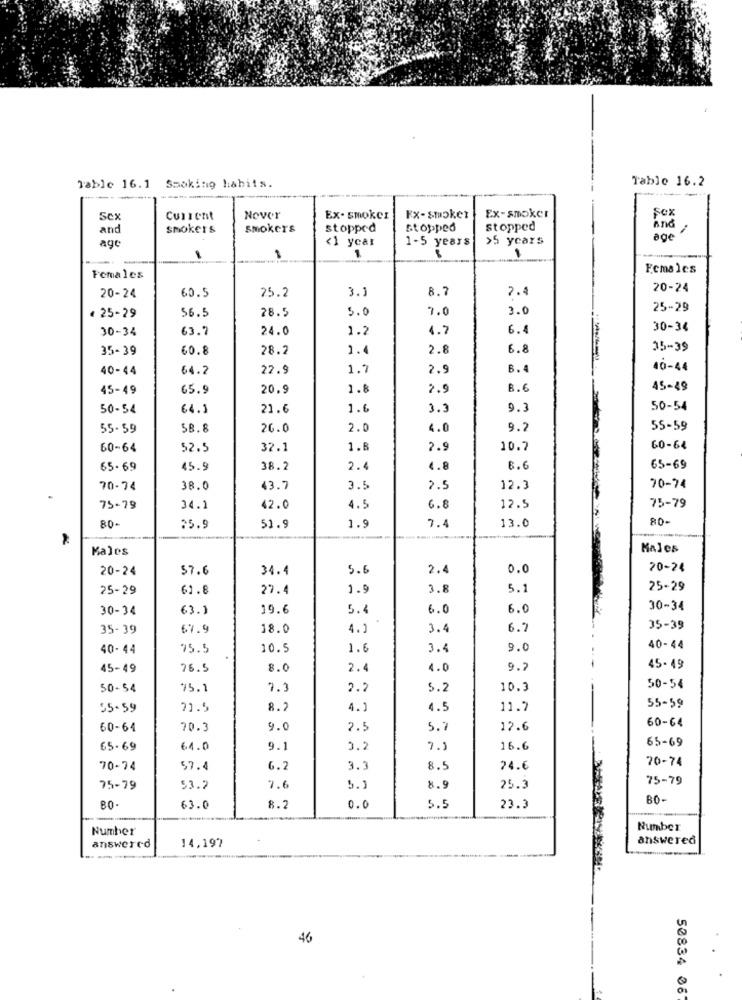
Tablo 16.2
Table 16.1
Smoking habits.
Ex-smoker
Sex
Sex
Current
Nover
Ex- smoker
EX- smoke?
and
smokers
smokers
stopped
stopped
stopped
And
agc
<1 year
1-5 years
>5 years
age
1
Females
Females
20-24
60.5
25.2
3.1
8.7
7.4
20-24
56.5
28.5
5.0
7.0
3.0
25-29
€ 25-29
30-34
63.7
24.0
1.2
4.7
6.4
30-34
35-39
60.8
28.2
1.4
2.8
6.8
35-39
40-44
64.2
22.9
1.7
2.9
6.
40-44
45-49
65.9
20.9
1.8
2.9
B.6
45-49
50-54
64.1
21.6
1.6
3.3
9.1
50-54
55-59
58.8
26.0
2.0
4.0
9.2
55-59
60-64
52.5
32.1
1.6
2.9
10.7
60-64
65- 69
45.9
38.2
2.4
4.8
6.6
65-69
70-74
38.0
43.7
3.5
2.5
12.3
70-74
75-79
34.1
42.0
4.5
6.8
12.5
75-79
1.9
7.4
13.0
80-
80.
25.9
51.9
Males
Males
20-24
$7.6
34.4
5.6
2.4
0.0
20-24
25-29
61.8
27.4
1.9
3.8
5.1
25-29
30-34
63.1
19.6
5.4
6.0
6.0
30-34
35- 39
67.9
18.0
4.1
3.4
6.7
35-39
40-44
75.5
10.5
1.6
3.4
9.0
40-44
45-49
76.5
8.0
2.4
4.0
9.
---
45-49
50-54
95.1
7.
2.2
5.2
10.3
50-54
55.59
71.5
8.2
4.1
4.5
11.7
55-59
60-64
60-64
70.3
9.0
2.5
5.7
12.6
65-69
65-69
64.0
9.1
0.2
7.1
16.6
70-74
70-74
57.4
6.2
3.3
8.5
24.6
75-79
75-79
53.2
7.6
5.
8.9
25.3
80-
63.0
8.2
0.0
5.5
23.3
Number
Number
14,197
answered
answered
--
46
50834 06